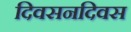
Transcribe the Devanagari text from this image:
दिवसनदिवस